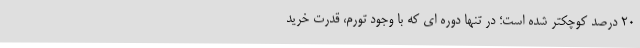
۲۰ درصد کوچکتر شده است؛ در تنها دوره ای که با وجود تورم، قدرت خرید